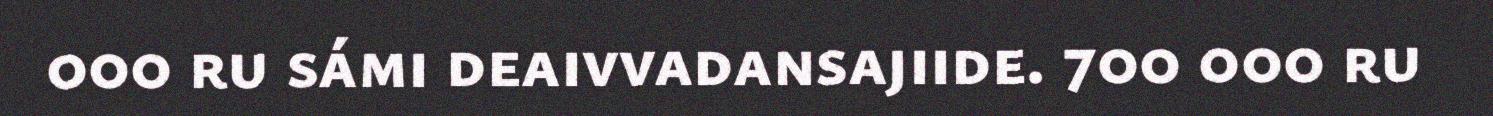
000 ru sámi deaivvadansajiide. 700 000 ru